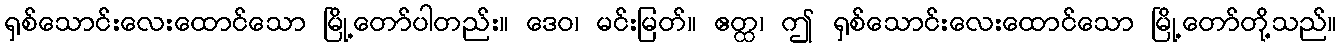
ရှစ်သောင်းလေးထောင်သော မြို့တော်ပါတည်း။ ဒေဝ၊ မင်းမြတ်။ ဧတ္ထ၊ ဤ ရှစ်သောင်းလေးထောင်သော မြို့တော်တို့သည်။